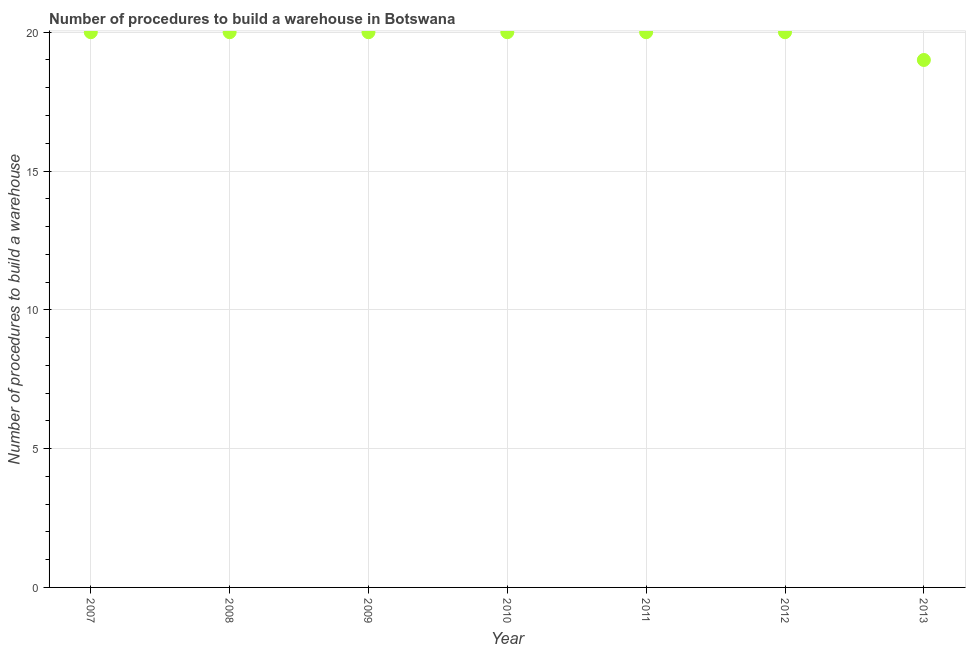
| Year | Build a warehouse |
 | --- | --- |
 | 2007 | 20 |
 | 2008 | 20 |
 | 2009 | 20 |
 | 2010 | 20 |
 | 2011 | 20 |
 | 2012 | 20 |
 | 2013 | 19 |